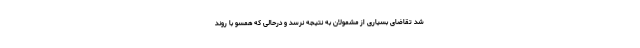
شد تقاضای بسیاری از مشمولان به نتیجه نرسد و درحالی که همسو با روند